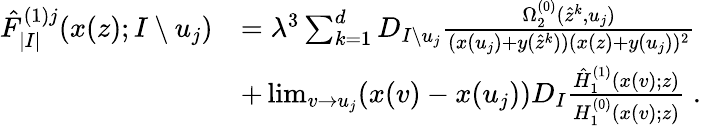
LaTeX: \begin{array}{rl}{\hat{F}_{|I|}^{(1)j}(x(z);I\setminus u_{j})}&{=\lambda^{3}\sum_{k=1}^{d}D_{I\setminus u_{j}}\frac{\Omega_{2}^{(0)}(\hat{z}^{k},u_{j})}{(x(u_{j})+y(\hat{z}^{k}))(x(z)+y(u_{j}))^{2}}}\\ &{+\operatorname*{lim}_{v\to u_{j}}(x(v)-x(u_{j}))D_{I}\frac{\hat{H}_{1}^{(1)}(x(v);z)}{H_{1}^{(0)}(x(v);z)}\; .}\end{array}